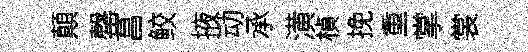
顛罄菖鲛掖动承潢楨挽重掌裳